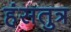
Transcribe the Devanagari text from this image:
हंसतुत्र